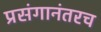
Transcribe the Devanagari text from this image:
प्रसंगानंतरच